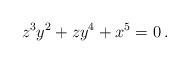
LaTeX: \begin{align*}z^3 y^2 + zy^4 + x^5 = 0 \, . \end{align*}